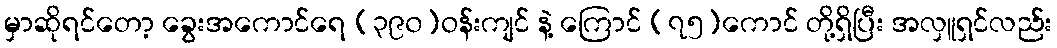
မှာဆိုရင်တော့ ခွေးအကောင်ရေ (၃၉၀)ဝန်းကျင် နဲ့ ကြောင် (၇၅)ကောင် တို့ရှိပြီး အလှူရှင်လည်း